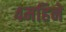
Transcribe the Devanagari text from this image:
४महिने